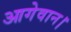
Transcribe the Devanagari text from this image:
आगेवान।